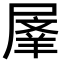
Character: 𭕬